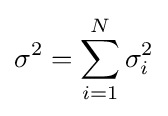
\sigma ^{2}=\sum _{i=1}^{N}\sigma _{i}^{2}